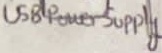
Text: USB Power Supply